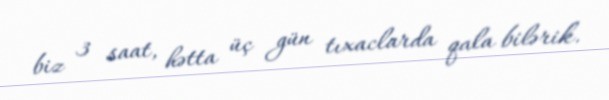
biz 3 saat, hətta üç gün tıxaclarda qala bilərik.